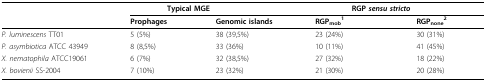
<table><thead><tr><td></td><td><b>Typical MGE</b></td><td></td><td><b>RGP <i>sensu stricto</i></b></td><td></td></tr><tr><td></td><td><b>Prophages</b></td><td><b>Genomic islands</b></td><td><b>RGP<sub>mob</sub><sup>1</sup></b></td><td><b>RGP<sub>none</sub><sup>2</sup></b></td></tr></thead><tbody><tr><td><i>P. luminescens </i>TT01</td><td>5 (5%)</td><td>38 (39,5%)</td><td>23 (24%)</td><td>30 (31%)</td></tr><tr><td><i>P. asymbiotica </i>ATCC 43949</td><td>8 (8,5%)</td><td>33 (36%)</td><td>10 (11%)</td><td>41 (45%)</td></tr><tr><td><i>X. nematophila </i>ATCC19061</td><td>6 (7%)</td><td>32 (38,5%)</td><td>27 (32%)</td><td>18 (22%)</td></tr><tr><td><i>X. bovienii </i>SS-2004</td><td>7 (10%)</td><td>23 (32%)</td><td>21 (30%)</td><td>20 (28%)</td></tr></tbody></table>